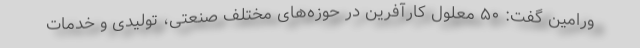
ورامین گفت: ۵۰ معلول کارآفرین در حوزه‌های مختلف صنعتی، تولیدی و خدمات